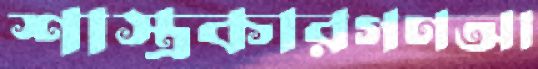
শাস্ত্রকারগণআ